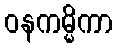
ဝနကမ္မိကာ